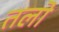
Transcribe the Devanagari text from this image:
तलो